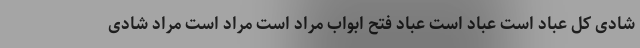
شادی کل عباد است عباد است عباد فتح ابواب مراد است مراد است مراد شادی